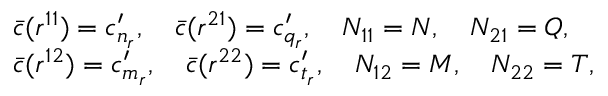
\begin{array} { l } { { \bar { c } ( r ^ { 1 1 } ) = c _ { n _ { r } } ^ { \prime } , \quad \bar { c } ( r ^ { 2 1 } ) = c _ { q _ { r } } ^ { \prime } , \quad N _ { 1 1 } = N , \quad N _ { 2 1 } = Q , } } \\ { { \bar { c } ( r ^ { 1 2 } ) = c _ { m _ { r } } ^ { \prime } , \quad \bar { c } ( r ^ { 2 2 } ) = c _ { t _ { r } } ^ { \prime } , \quad N _ { 1 2 } = M , \quad N _ { 2 2 } = T , } } \end{array}